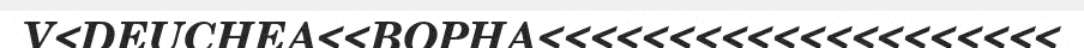
V<DEUCHEA<<BOPHA<<<<<<<<<<<<<<<<<<<<